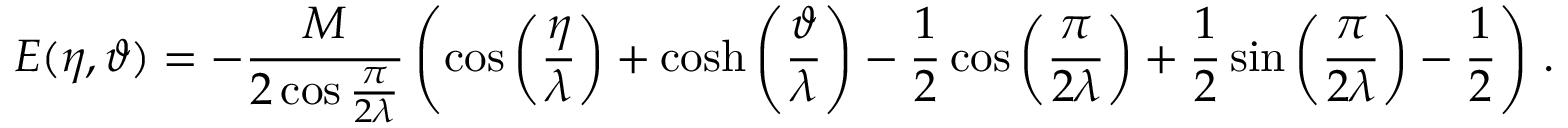
E ( \eta , \vartheta ) = - \frac { M } { 2 \cos \frac { \pi } { 2 \lambda } } \left( \cos \left( \frac { \eta } { \lambda } \right) + \cosh \left( \frac { \vartheta } { \lambda } \right) - \frac { 1 } { 2 } \cos \left( \frac { \pi } { 2 \lambda } \right) + \frac { 1 } { 2 } \sin \left( \frac { \pi } { 2 \lambda } \right) - \frac { 1 } { 2 } \right) \, .